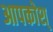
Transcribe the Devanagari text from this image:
आपकोश्